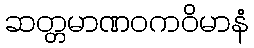
ဆတ္တမာဏဝကဝိမာနံ